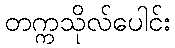
တက္ကသိုလ်ပေါင်း